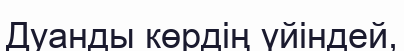
Дуанды көрдің үйіндей,